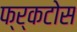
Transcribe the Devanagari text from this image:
फ्र्कटोस